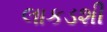
લાકડશી